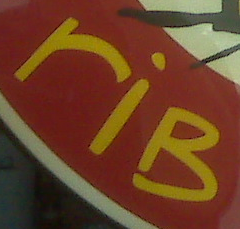
riB